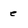
Character: e